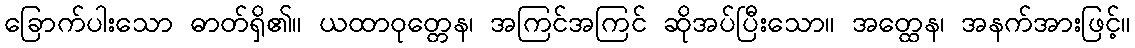
ခြောက်ပါးသော ဓာတ်ရှိ၏။ ယထာဝုတ္တေန၊ အကြင်အကြင် ဆိုအပ်ပြီးသော။ အတ္ထေန၊ အနက်အားဖြင့်။